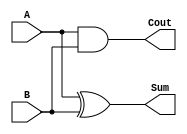
`timescale 1ns / 1ps
//////////////////////////////////////////////////////////////////////////////////
// Company: 
// Engineer: 
// 
// Design Name: 
// Module Name: halfAdder_Behavorial
// Project Name: 
// Target Devices: 
// Tool Versions: 
// Description: 
// 
// Dependencies: 
// 
// Revision:
// Revision 0.01 - File Created
// Additional Comments:
// 
//////////////////////////////////////////////////////////////////////////////////


module halfAdder_Behavorial(
    input A,
    input B,
    output Sum,
    output Cout
    );
    assign Sum = A ^ B;
    assign Cout = A & B;
endmodule